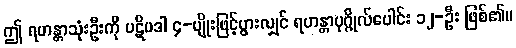
ဤ ရဟန္တာသုံးဦးကို ပဋိပဒါ ၄-မျိုးဖြင့်ပွားလျှင် ရဟန္တာပုဂ္ဂိုလ်ပေါင်း ၁၂-ဦး ဖြစ်၏။